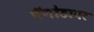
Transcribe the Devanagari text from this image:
पॅगोडावर